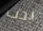
يجب